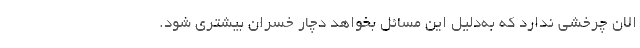
الان چرخشی ندارد که به‌دلیل این مسائل بخواهد دچار خسران بیشتری شود.